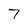
Character: 7